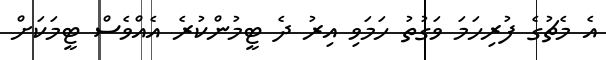
އެ މެޗުގެ ފުރިހަމަ ވަގުތު ހަމަވި އިރު ދެ ޓީމުންކުރެ އެއްވެސް ޓީމަކަށް